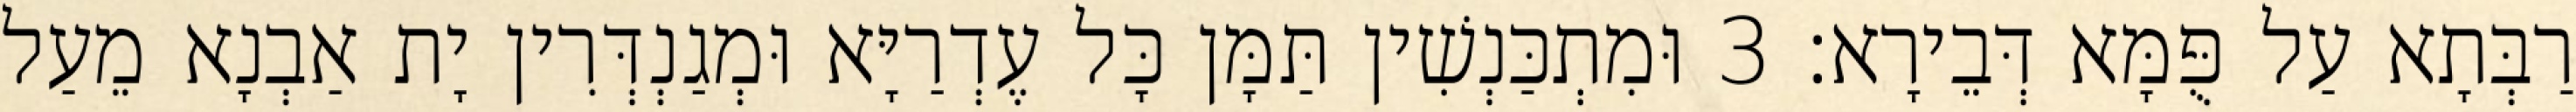
רַבְּתָא עַל פֻּמָּא דְּבֵירָא׃ 3 וּמִתְכַּנְשִׁין תַּמָּן כָּל עֶדְרַיָּא וּמְגַנְדְּרִין יָת אַבְנָא מֵעַל